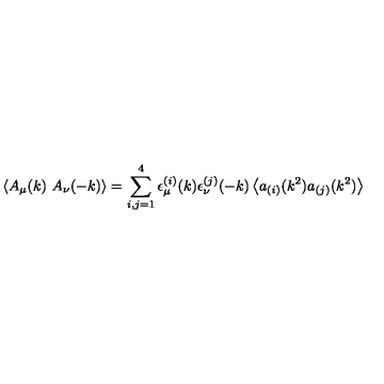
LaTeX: \left< A _ { \mu } ( k ) \ A _ { \nu } ( - k ) \right> = \sum _ { i , j = 1 } ^ { 4 } \epsilon _ { \mu } ^ { ( i ) } ( k ) \epsilon _ { \nu } ^ { ( j ) } ( - k ) \left< a _ { ( i ) } ( k ^ { 2 } ) a _ { ( j ) } ( k ^ { 2 } ) \right>